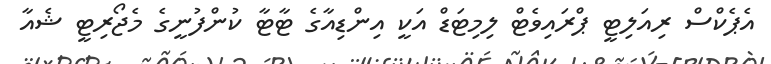
އެޕެކްސް ރިއަލިޓީ ޕްރައިވެޓް ލިމިޓަޑް އަކީ އިންޑިއާގެ ޓާޓާ ކުންފުނީގެ މެޖޯރިޓީ ޝެއާ